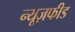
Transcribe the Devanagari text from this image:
न्यूज़फीड